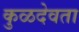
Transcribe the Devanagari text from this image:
कुळदेवता